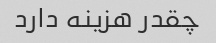
چقدر هزینه دارد